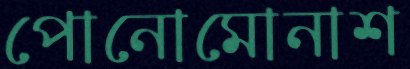
পোনোমোনাশ